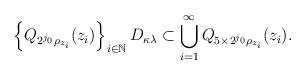
LaTeX: \begin{align*} \left\{Q_{2^{j_{0}}\rho_{z_{i}}}(z_{i})\right\}_{i\in\mathbb{N}} D_{\kappa\lambda}\subset\bigcup\limits_{i=1}^{\infty}Q_{5\times 2^{j_{0}}\rho_{z_{i}}}(z_{i}).\end{align*}